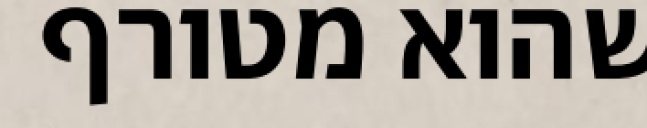
שהוא מטורף